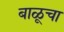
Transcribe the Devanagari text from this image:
बाळूचा